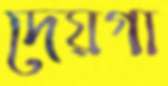
দেয়গা